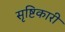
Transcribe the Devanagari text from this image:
सृष्टिकारी